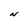
Character: N